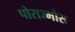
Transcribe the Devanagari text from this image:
पोराज्मोस